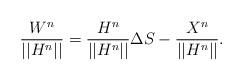
LaTeX: \begin{align*}\frac{W^n}{||H^n||}=\frac{H^n}{||H^n||}\Delta S-\frac{X^n}{||H^n||}.\end{align*}